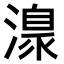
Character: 𣽍